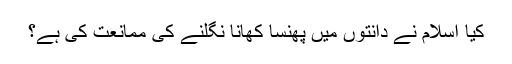
کیا اسلام نے دانتوں میں پھنسا کھانا نگلنے کی ممانعت کی ہے؟